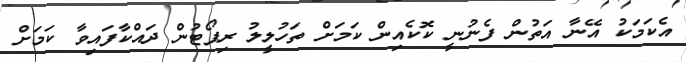
އެކަމަކު އޭނާ އަތުން ފެނުނީ ކޮކެއިން ކަމަށް ތަހުލީލު ރިޕޯޓުން ދައްކާފައިވާ ކަމަށް